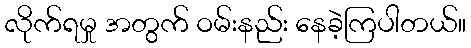
လိုက်ရမှု အတွက် ဝမ်းနည်း နေခဲ့ကြပါတယ်။